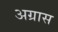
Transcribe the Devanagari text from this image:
अग्रास